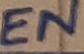
Text: EN